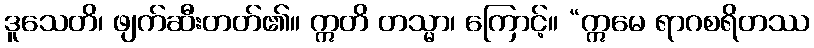
ဒူသေတိ၊ ဖျက်ဆီးတတ်၏။ ဣတိ တသ္မာ၊ ကြောင့်။ “ဣမေ ရာဂစရိတဿ